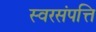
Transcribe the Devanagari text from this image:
स्वरसंपत्ति